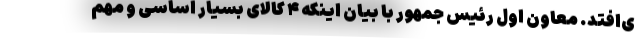
ی‌افتد. معاون اول رئیس جمهور با بیان اینکه ۴ کالای بسیار اساسی و مهم